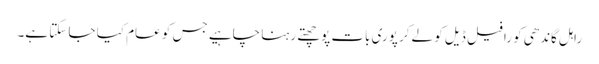
راہل گاندھی کو رافیل ڈیل کو لےکر پوری بات پوچھتے رہنا چاہیے جس کو عام کیا جا سکتا ہے۔